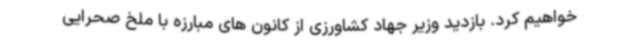
خواهیم کرد. بازدید وزیر جهاد کشاورزی از کانون های مبارزه با ملخ صحرایی